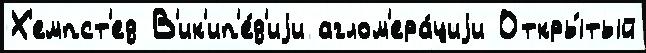
Х'емпст'ед В'ик'ип'е́д'иjи аглом'ера́циjи Откры́тый